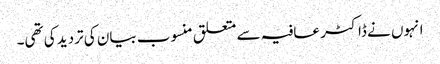
انہوں نے ڈاکٹر عافیہ سے متعلق منسوب بیان کی تردید کی تھی۔